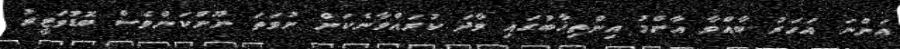
އަންނަ އަހަރު ބާއްވާ އާންމު އިންތިޚާބުގައި ވާދަ ކުރައްވާނެކަން ނުވަތަ ނޫންކަންވެސް ބޮޑުވަޒީރު